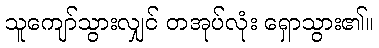
သူကျော်သွားလျှင် တအုပ်လုံး ရှောသွား၏။